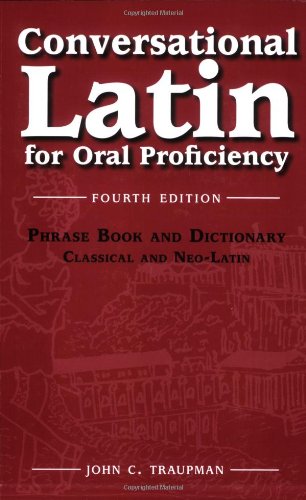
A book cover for Conversational Latin for Oral Proficiency; John C. Traupman; Reference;